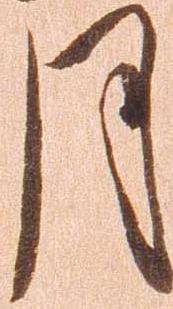
月